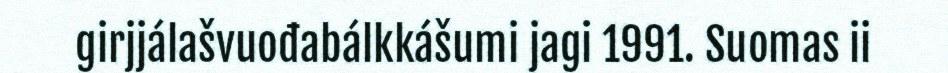
girjjálašvuođabálkkášumi jagi 1991. Suomas ii